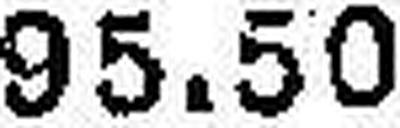
95.50